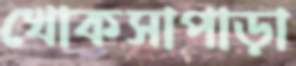
খোকসাপাড়া